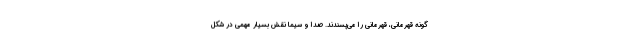
گونه قهرمانی، قهرمانی را می‌پسندند. صدا و سیما نقش بسیار مهمی در شکل